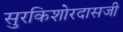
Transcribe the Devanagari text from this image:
सुरकिशोरदासजी